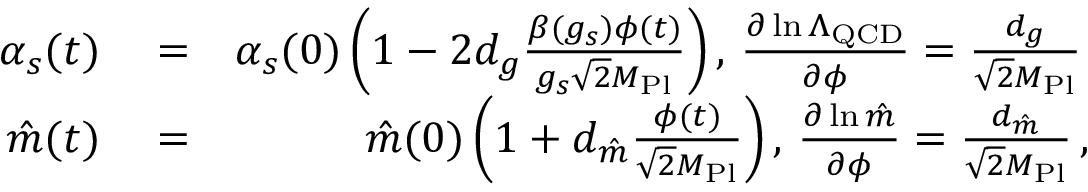
\begin{array} { r l r } { \! \! \alpha _ { s } ( t ) } & { { } = } & { \alpha _ { s } ( 0 ) \left( 1 - 2 d _ { g } \frac { \beta ( g _ { s } ) \phi ( t ) } { g _ { s } \sqrt { 2 } M _ { \mathrm { P l } } } \right) , \, \frac { \partial \ln \Lambda _ { \mathrm { Q C D } } } { \partial \phi } = \frac { d _ { g } } { \sqrt { 2 } M _ { \mathrm { P l } } } \, } \\ { \hat { m } ( t ) } & { { } = } & { \hat { m } ( 0 ) \left( 1 + d _ { \hat { m } } \frac { \phi ( t ) } { \sqrt { 2 } M _ { \mathrm { P l } } } \right) , \, \frac { \partial \ln \hat { m } } { \partial \phi } = \frac { d _ { \hat { m } } } { \sqrt { 2 } M _ { \mathrm { P l } } } \, , } \end{array}